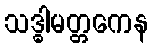
သဒ္ဓါမတ္တကေန